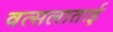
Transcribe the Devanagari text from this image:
वत्सलाताई